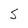
Character: S